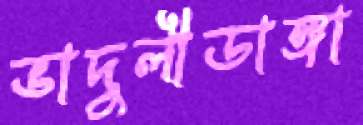
ভাদুলীডাঙ্গা